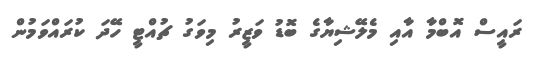
ރައީސް އޮބްމާ އާއި މެލޭޝިޔާގެ ބޮޑު ވަޒީރު މިވަގު ޗުއްޓީ ހޭދަ ކުރައްވަމުން